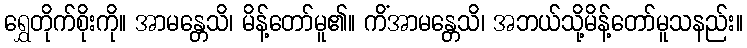
ရွှေတိုက်စိုးကို။ အာမန္တေသိ၊ မိန့်တော်မူ၏။ ကိံအာမန္တေသိ၊ အဘယ်သို့မိန့်တော်မူသနည်း။